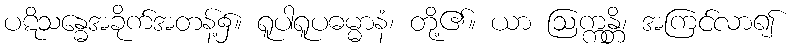
ပဋိသန္ဓေအခိုက်အတန့်၌။ ရူပါရူပဓမ္မာနံ၊ တို့၏။ ယာ ဩက္ကန္တိ၊ အကြင်လာ၍